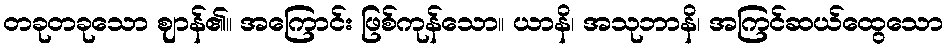
တခုတခုသော ဈာန်၏။ အကြောင်း ဖြစ်ကုန်သော။ ယာနိ၊ အသုဘာနိ၊ အကြင်ဆယ်ထွေသော